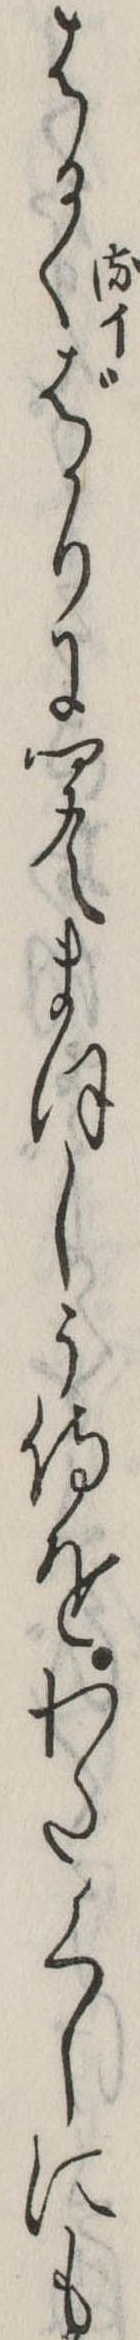
はるくばかりに聞えまほしう侍をわたくしにも